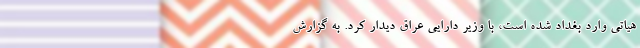
هیاتی وارد بغداد شده است، با وزیر دارایی عراق دیدار کرد. به گزارش